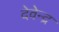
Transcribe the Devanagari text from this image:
देवेेन्द्र